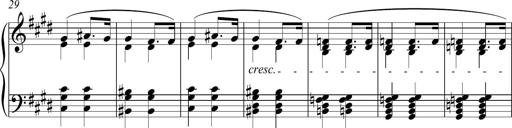
Title: Funeral March and Sonatina
Composer: Thomas Hellemans
Key: C-sharp minor